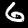
Digit: 6